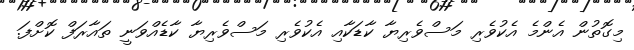
މިގޮތުން އެންމެ އެކުވެރި މަސްވެރިޔާ ކާޑަކާއި އެކުވެރި މަސްވެރިޔާ ކާޑެއްވަނީ ތައާރަފް ކޮށްފަ.